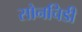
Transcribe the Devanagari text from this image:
सोनचिडी